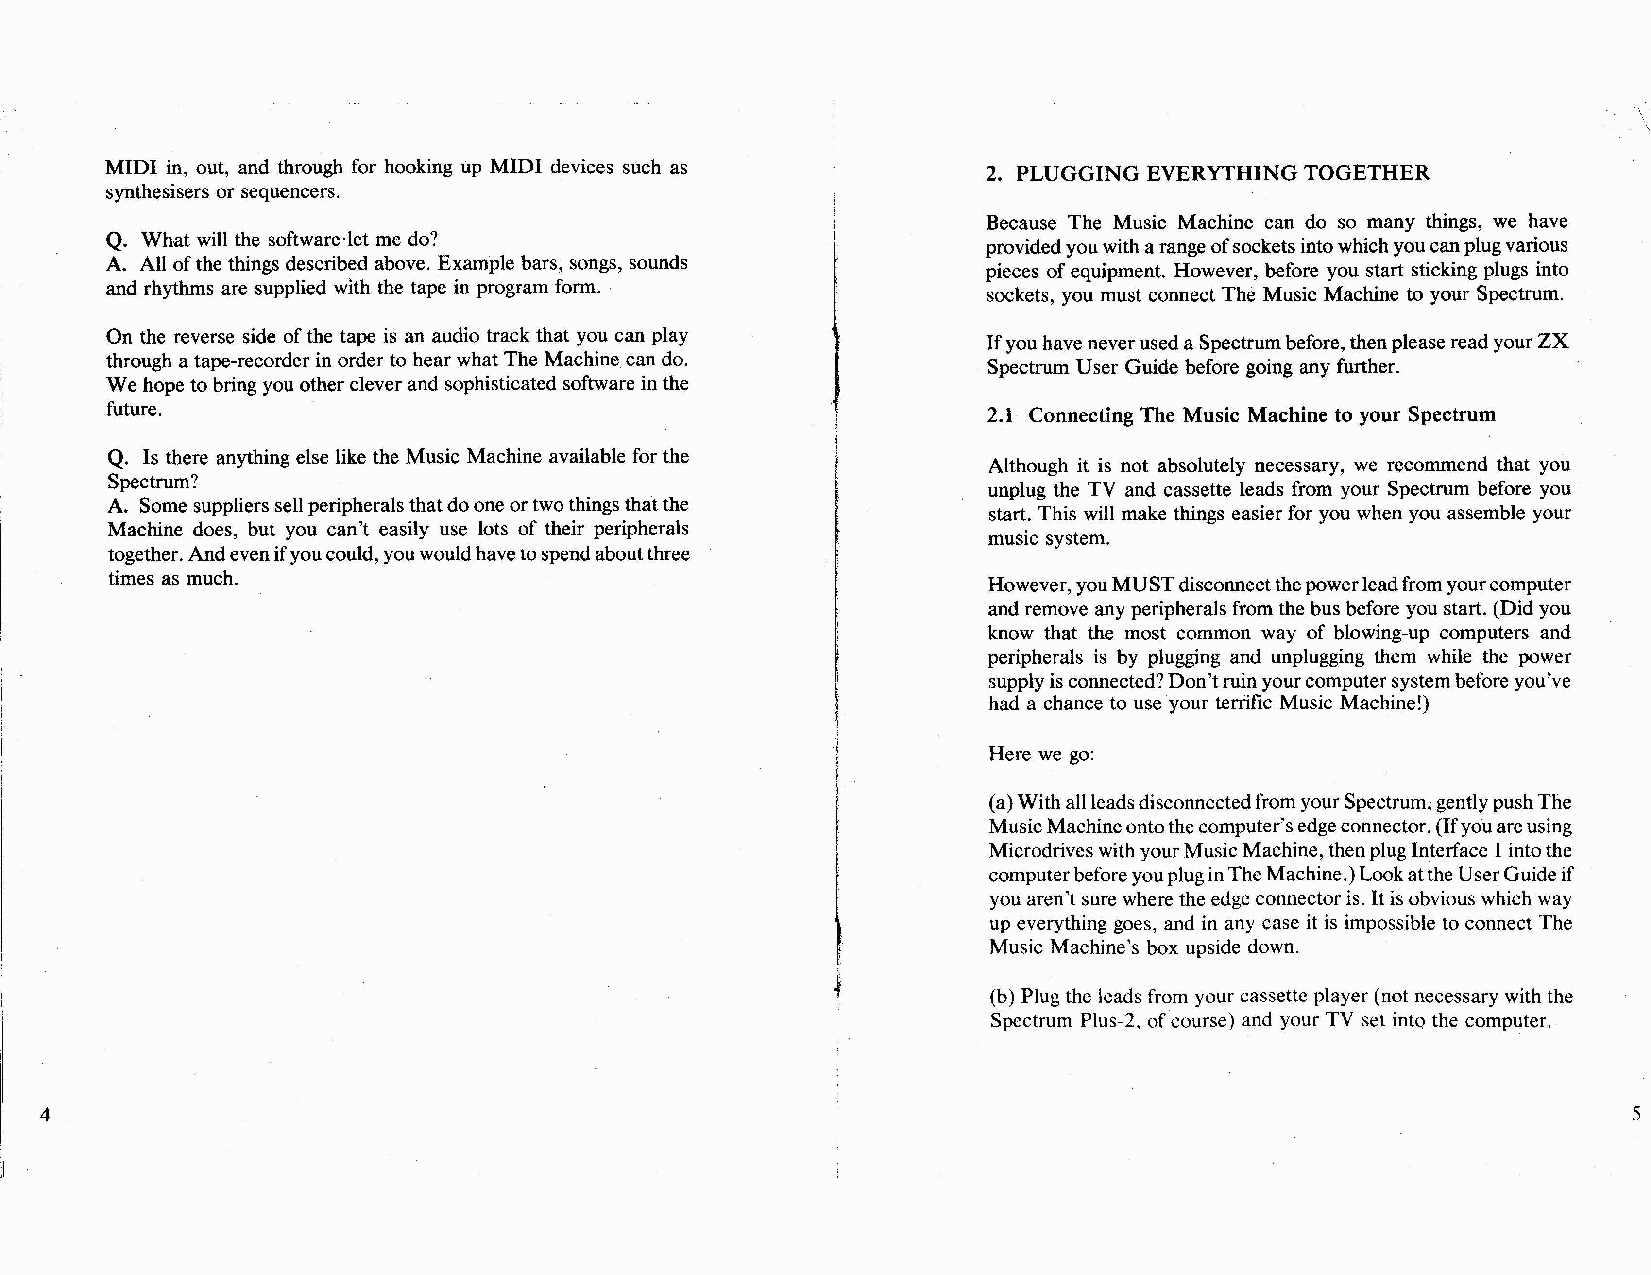
MIDI in, out, and through for hooking up MIDI devices such as
 2. PLUGGING EVERYTHING TOGETHER
 synthesisers or sequencers.
 Because The Music Machine can do so many things, we have
 Q. What will the softwardet me do?
 providedyouwitharangeofsocketsintowhichyoucanplugvarious
 A. All ofthe things described aboye. Example bars, songs, sounds
 pieces ofequipment. However, before you start sticking plugs into
 and rhythms are supplied with the tape in program formo
 sockets, you must connect The Music Machine to your Spectrum.
 On the reverse side ofthe tape is an audio track that you can play
 Ifyouhaveneveruseda Spectrumbefore,thenpieasereadyourZX
 through a tape-recorderin order to hearwhatThe Machine cando.
 Spectrum User Guide before going any further.
 We hope tobringyouothercleverand sophisticatedsoftware inthe
 future.
 2.1 Connecting The Music Machine to your Spectrum
 Q. Is there anything else like the Music Machine available for the
 Although it is not absolutely necessary, we recornmend that you
 Spectrum?
 unplug the TV and cassette leads from your Spectrum before you
 A. Sorne supplierssellperipheralsthatdooneortwothingsthatthe
 start. This will make things easierfor youwhen you assemble your
 Machine does, but you can't easily use lots of their peripherals
 music system.
 together.Andevenifyoucould,youwouldhavetospendaboutthree
 times as mucho                                            However,youMUSTdisconnectthepowerleadfromyourcomputer
 and remove anyperipherals from the busbefore you start. (Didyou
 know that the most common way of blowing-up computers and
 peripherals is by plugging and unplugging them while the power
 supplyisconnected?Don'truinyourcomputersystembeforeyou've
 had a chance to use your terrific Music Machine!)
 Here we go:
 (a)WithallleadsdisconnectedfromyourSpectrum,gentlypushThe
 MusicMachineontothecomputer'sedgeconnector.(Ifyouareusing
 MicrodriveswithyourMusicMachine,thenplugInterface 1intothe
 computerbeforeyoupluginTheMachine.)LookattheUserGuideif
 youaren'tsurewherethe edge connectoris.1tisobviouswhichway
 up everything goes, and in any case it is impossible to connect The
 Music Machine's box upside down.
 (b) Plugthe leads from your cassette player (not necessary withthe
 Spectrum Plus-2, ofcourse) and your TV set into the computer.
 4                                                                                                        5